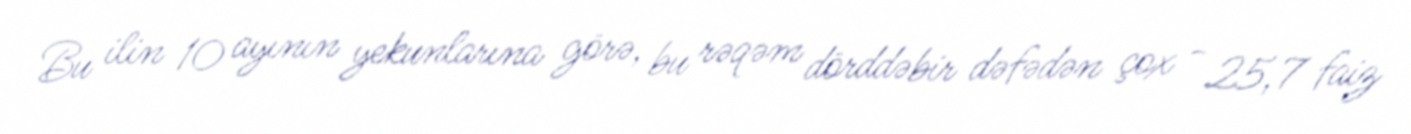
Bu ilin 10 ayının yekunlarına görə, bu rəqəm dörddəbir dəfədən çox - 25,7 faiz